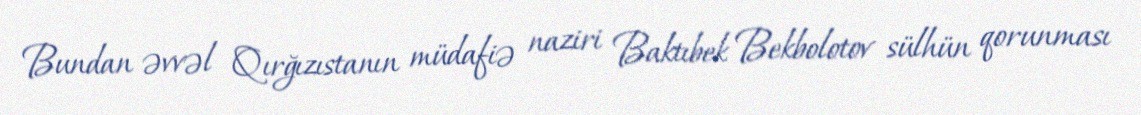
Bundan əvvəl Qırğızıstanın müdafiə naziri Baktıbek Bekbolotov sülhün qorunması